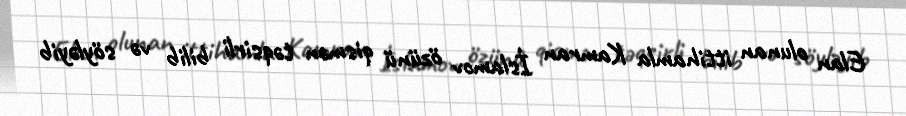
Elan olunan ittihamla Kamran İslamov özünü qismən təqsirli bilib və söyləyib